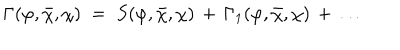
\Gamma ( \varphi , { \bar { \chi } } , \chi ) \; = \; S ( \varphi , { \bar { \chi } } , \chi ) \, + \, \Gamma _ { 1 } ( \varphi , { \bar { \chi } } , \chi ) \, + \, \ldots